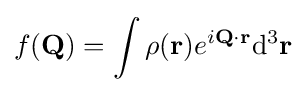
f(\mathbf {Q} )=\int \rho (\mathbf {r} )e^{i\mathbf {Q} \cdot \mathbf {r} }\mathrm {d} ^{3}\mathbf {r}